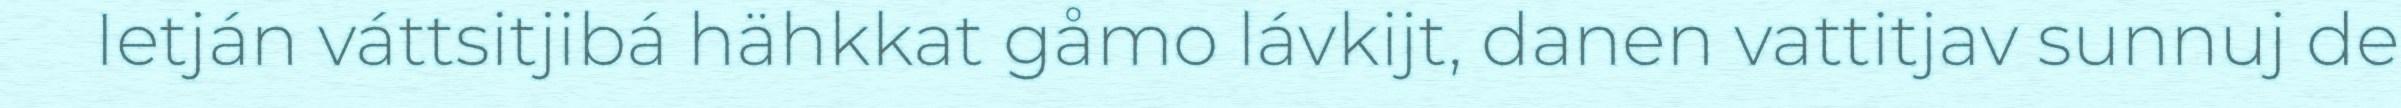
Ietján váttsitjibá hähkkat gåmo lávkijt, danen vattitjav sunnuj de